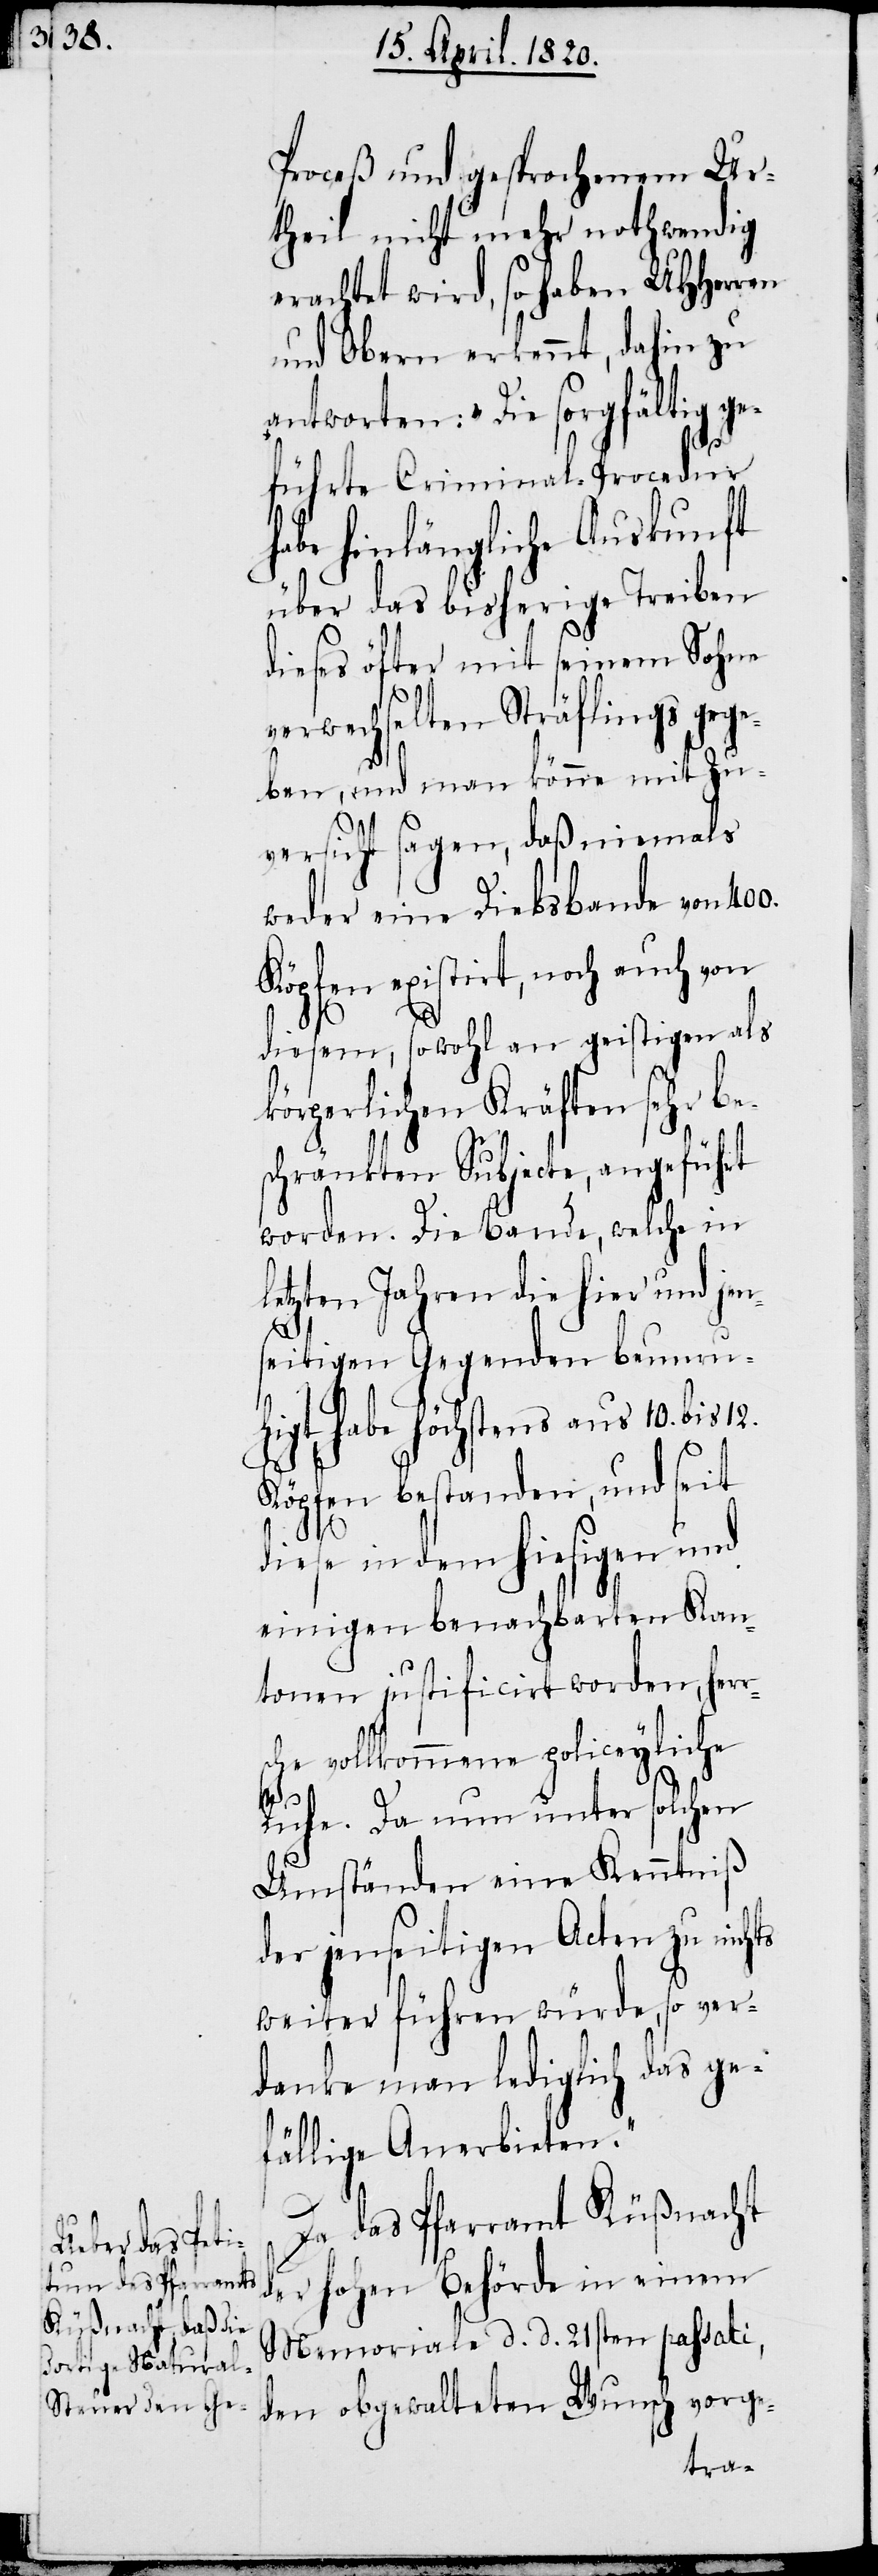
Proceß und gesprochenen Ur¬
theil nicht mehr nothwendig
erachtet wird, so haben UHHerren
und Obern erkannt, dahin zu
antworten: „Die sorgfältig ge¬
führte Criminal-Procedur
habe hinlängliche Auskunft
über das bisherige Treiben
diese öfter mit seinem Sohne
verwechselten Sträflings gege¬
ben, und man könne mit Zu¬
versicht sagen, daß niemals
weder eine Diebsbande von 400.
existirt, noch auch von
diesem, sowohl an geistigen als
körperlichen Kräften sehr be¬
schränkte Subjecte, angeführt
worden. Die Bande, welche in
letzten Jahren hier- und jen¬
seitigen Gegenden beunru¬
higt habe höchstens aus 10. bis
Köpfen bestanden, und seit
diese in dem hiesigen und
einigen benachbarten Kan¬
tonen justificirt worden, herr¬
sche vollkommene policeyliche
Ruhe. Da nun unter solchen
Umständen eine Kenntniß
der jenseitigen Acten zu nichts
weiter führen würde, so ver¬
danke man lediglich das ge¬
fällige Anerbieten.“
Da das Pfarramt Küßnacht
der Hohen Behörde in einem
Memoriale d. d. 21sten passati,
den abgewalteten Wunsch vorge-